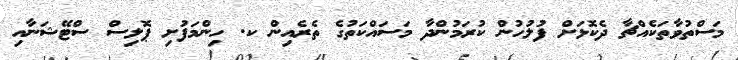
މަސްތުވާތަކެއްޗާ ދެކޮޅަށް ފުލުހުން ކުރަމުންދާ މަސައްކަތުގެ ތެރެއިން ކ. ހިންމަފުށި ޕޮލިސް ސްޓޭޝަނާއި